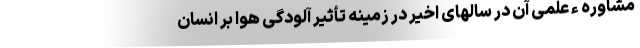
مشاوره ء علمی آن در سالهای اخیر در زمینه تأثیر آلودگی هوا بر انسان